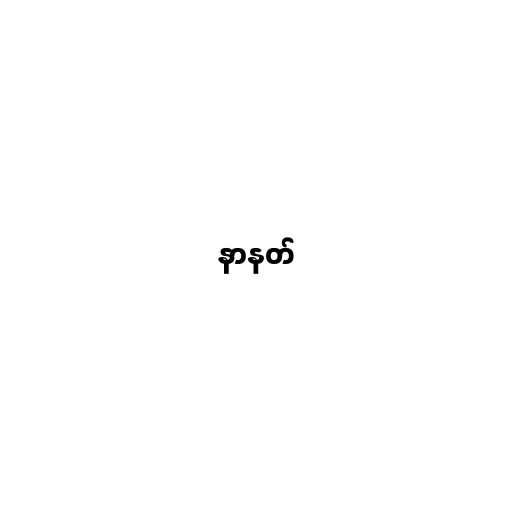
နာနတ်